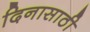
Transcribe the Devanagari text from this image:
दिनासाठी